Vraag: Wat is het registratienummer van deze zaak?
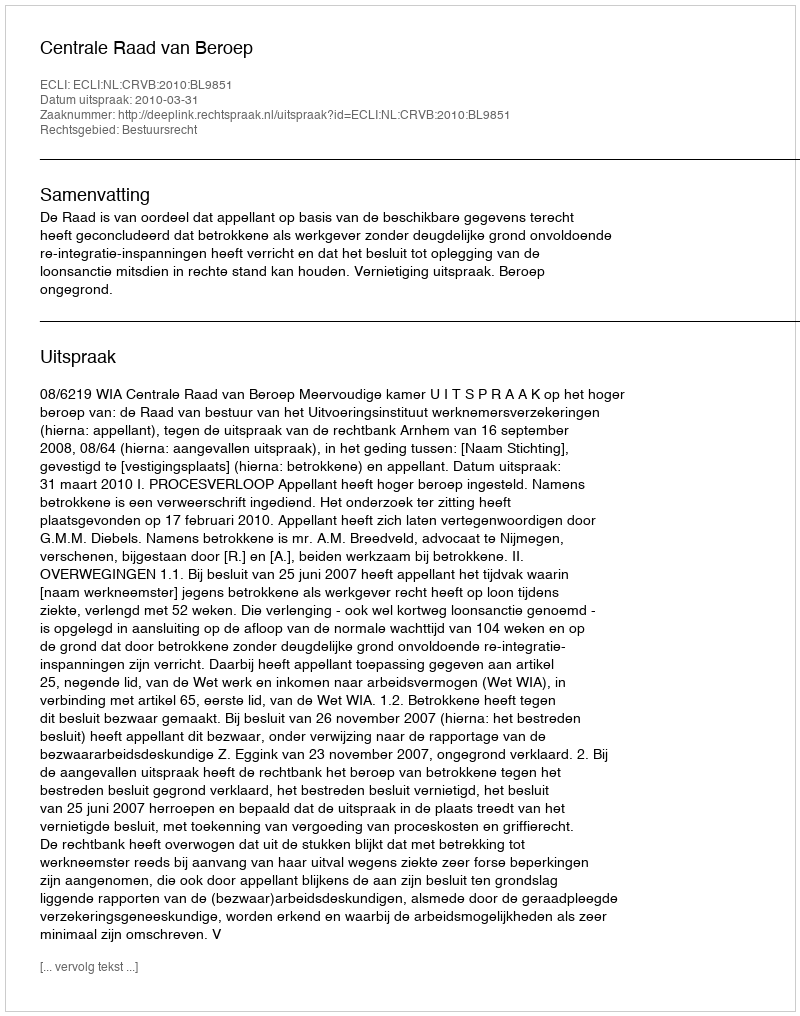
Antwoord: http://deeplink.rechtspraak.nl/uitspraak?id=ECLI:NL:CRVB:2010:BL9851